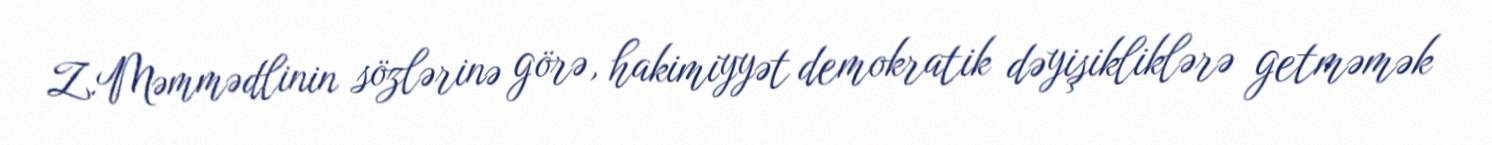
Z.Məmmədlinin sözlərinə görə, hakimiyyət demokratik dəyişikliklərə getməmək